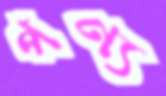
পণ্য